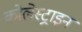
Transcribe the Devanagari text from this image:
कोलेस्ट्राइन